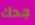
جدك